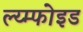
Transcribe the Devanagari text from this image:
ल्य्म्फोइड